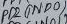
Text: PD2